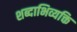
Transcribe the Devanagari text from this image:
शब्दाभिव्यक्ति